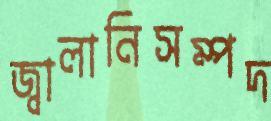
জ্বালানিসম্পদ